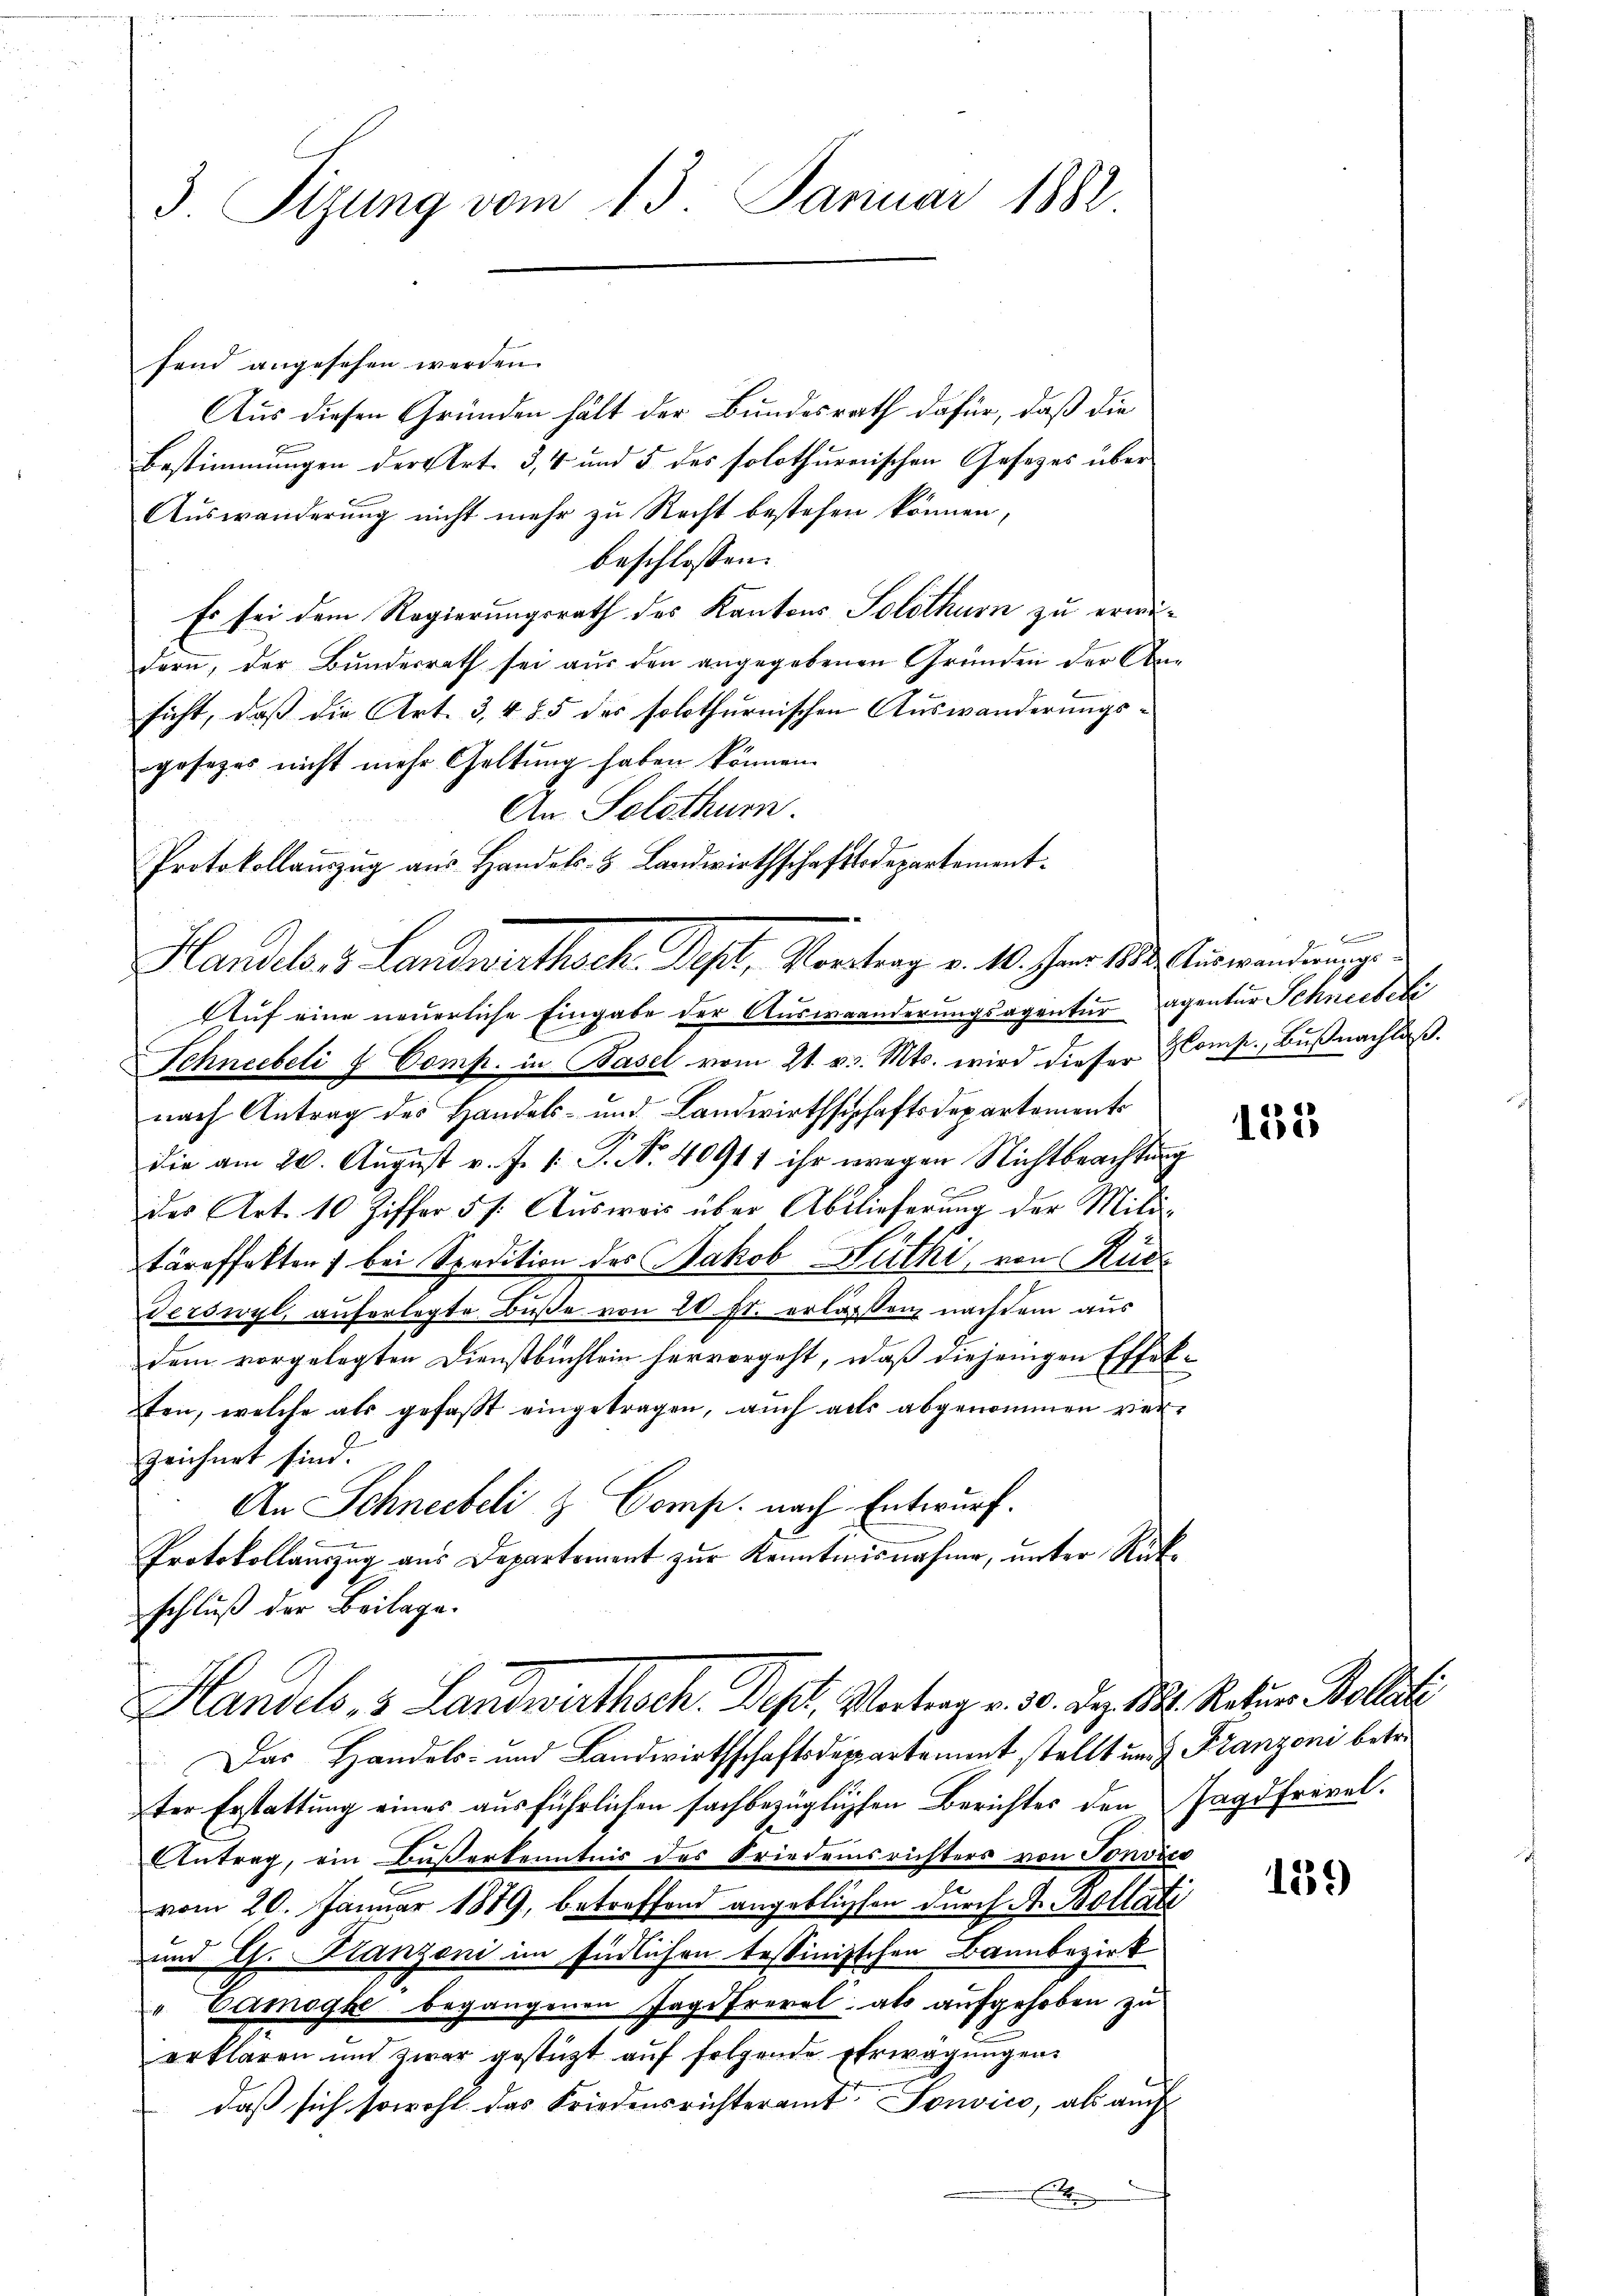
3. Sizung vom 13. Januar 1882.

fend angesehen werden.
Aus diesen Gründen hält der Bundesrath dafür, daß die
Bestimmungen der Art. 3, 4 und 5 des solothurerischen Gesetzes über
Auswanderung nicht mehr zu Recht bestehen können,
beschlossen:
Es sei dem Regierungsrath des Kantons Solothurn zu erwidern, der Bundesrath sei aus den angegebenen Gründen der Ansicht, daß die Art. 3, 485 des solothurnischen Auswanderŭngs-
gesezes nicht mehr Geltung haben können.
An Solothurn.
Auf eine neuerliche Eingabe der Auswanderungsagentur agentur Schneebeli
Schneebeli u. Comp. in Basel vom 21. v. Mts. wird dieser Komp., Bußnachlaß.
nach Antrag des Handels- und Landwirthschaftsdepartaments
die am 20. August v. f. 1: P. Nr. 40911 ihr wegen Nichtbeachtung
des Art. 10 Ziffer 5. Aŭsweis über Ablieferung der Militäreffekten) bei Spedition des Jakob Huthi, von Rud
Terswyl, auferlegte Buße von 20. fl. erlassen nachdem aus
dem vorgelegten Dienstbuchlein hervorgeht, daß diejenigen
Schif
ten, welche als gefast eingetragen, auch alls abgenommen ver-
zeichnet sind.
An Schneebeli l. Comp. nach Entwurf.
Protokollauszug aus Departement zur Kenntnisnahme, unter Rückschluß der Beilage.
Handels, 3 Landwirthsch. Dept, Vertrag v. 30. Dez. 18. Natur Bollati
Das Handels- und Landwirthschaftsdepartement stellt und z. Franzoni betre
ter Erstattung eines ausführlichen sachbezüglichen Berichtes den Jagdfrevel.
Antrag, ein Baßerkenntnis des Friedensrichters von Tonvic
vom 20. Januar 1879, betreffend angebliessen durch A. Bollate
und E. Stanzoni im Einlichen tessinischen Bannbezirk
" Camoghe begangenen Jagdfrevel, als aufgehoben zu
erklären und zwar gestützt auf folgende Erwägungen
daß sich sowohl das Friedensrichteramt Sonvico, als auch
E

Protokollaŭszŭg aŭs Handels- & Landwirthschaftsdepartement.
Handel, 3. Landwirthsch. Sept, Vortrag v. 10. her 183. Einwendung

hlen kommen

155

139